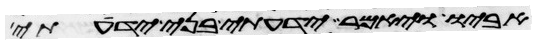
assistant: אביו ויאמר ידעתי בני ידעתי